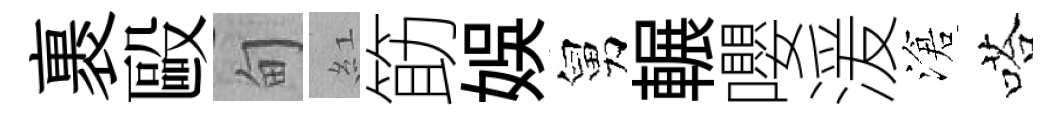
裹毆甸紅筯娱舅輾嚶湲滄嗒